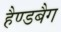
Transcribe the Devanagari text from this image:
हैण्डबैग